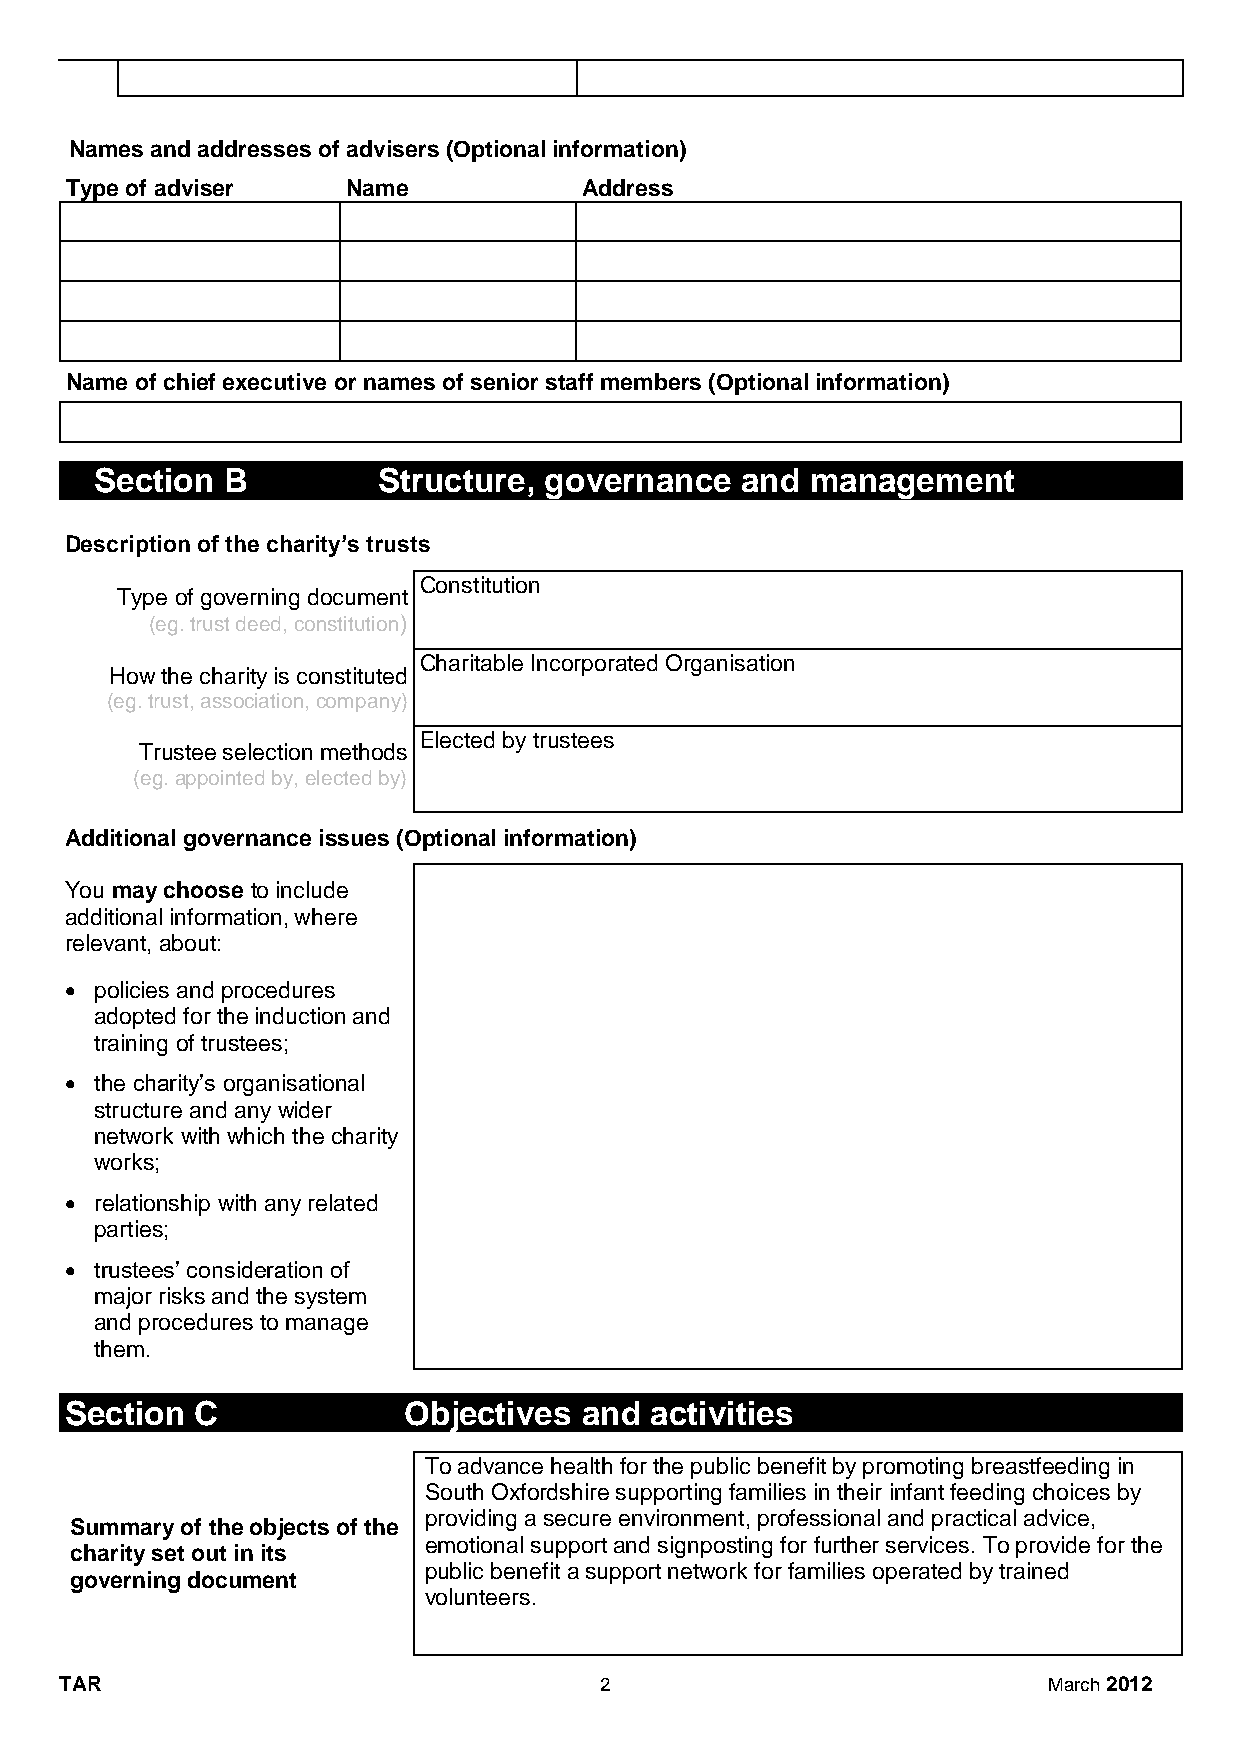
Names and addresses of advisers (Optional information)
 Type of adviser    Name            Address
 Name of chief executive or names of senior staff members (Optional information)
 Section  B         Structure, governance   and  management
 Description of the charity’s trusts
 Constitution
 Type of governing document
 (eg. trust deed, constitution)
 Charitable Incorporated Organisation
 How the charity is constituted
 (eg. trust, association, company)
 Elected by trustees
 Trustee selection methods
 (eg. appointed by, elected by)
 Additional governance issues (Optional information)
 You may choose to include
 additional information, where
 relevant, about:
  policies and procedures
 adopted for the induction and
 training of trustees;
  the charity’s organisational
 structure and any wider
 network with which the charity
 works;
  relationship with any related
 parties;
  trustees’ consideration of
 major risks and the system
 and procedures to manage
 them.
 Section  C             Objectives and  activities
 To advance health for the public benefit by promoting breastfeeding in
 South Oxfordshire supporting families in their infant feeding choices by
 providing a secure environment, professional and practical advice,
 Summary of the objects of the
 emotional support and signposting for further services. To provide for the
 charity set out in its
 public benefit a support network for families operated by trained
 governing document
 volunteers.
 TAR                                 2                            March 2012